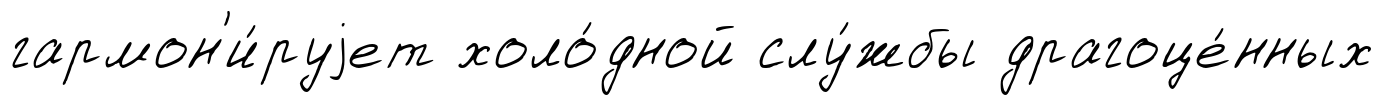
гармон'и́руjет холо́дной слу́жбы драгоце́нных